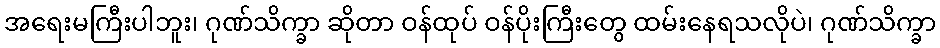
အရေးမကြီးပါဘူး၊ ဂုဏ်သိက္ခာ ဆိုတာ ဝန်ထုပ် ဝန်ပိုးကြီးတွေ ထမ်းနေရသလိုပဲ၊ ဂုဏ်သိက္ခာ